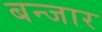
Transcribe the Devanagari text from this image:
बन्जार